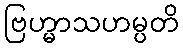
ဗြဟ္မာသဟမ္ပတိ